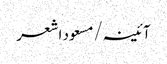
آئینہ/مسعود اشعر